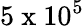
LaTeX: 5\mathrm{~x~}10^{5}